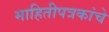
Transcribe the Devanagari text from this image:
माहितीपत्रकांचे